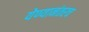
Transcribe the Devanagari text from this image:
येण्यानंतरच